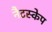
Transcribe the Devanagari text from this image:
नैटस्केप